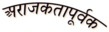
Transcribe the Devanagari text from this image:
अराजकतापूर्वक